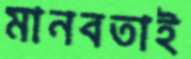
মানবতাই